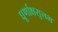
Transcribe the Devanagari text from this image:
घूर्णाक्षसुलभ